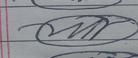
Signature authenticity: forged